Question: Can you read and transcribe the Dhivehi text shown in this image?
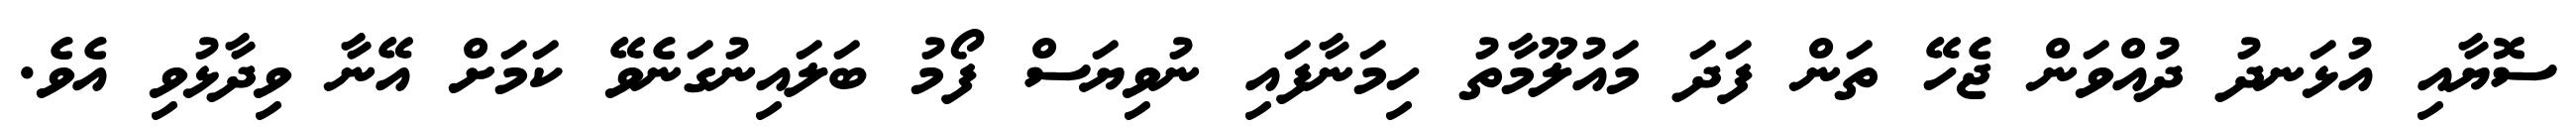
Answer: ސޮޔާއި އުޅަނދު ދުއްވަން ޖެހޭ ތަން ފަދަ މައުލޫމާތު ހިމަނާފައި ނުވިޔަސް ފޯމު ބަލައިނުގަނެވޭ ކަމަށް އޭނާ ވިދާޅުވި އެވެ.